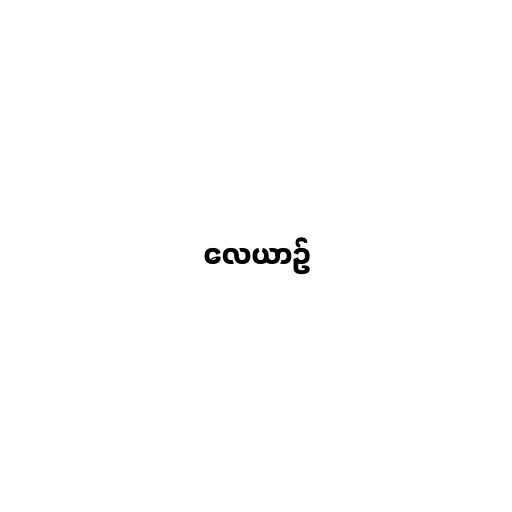
လေယာဉ်